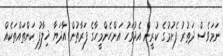
ނަމަވެސް ދަތުރު ފެށުމުގެ ކުރީން އެދުވަހު އަންހެންމީހާގެ ފަރާތުން އާދަޔާ ޚިލާފު ކަންތައްތަކެއް